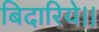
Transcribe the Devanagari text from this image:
बिदारिये।।